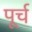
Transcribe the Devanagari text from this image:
पूर्च